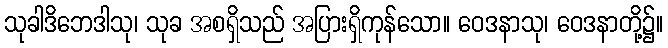
သုခါဒိဘေဒါသု၊ သုခ အစရှိသည် အပြားရှိကုန်သော။ ဝေဒနာသု၊ ဝေဒနာတို့၌။